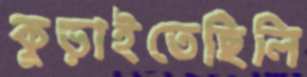
কুড়াইতেছিলি